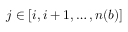
j \in [ i , i + 1 , \ldots , n ( b ) ]